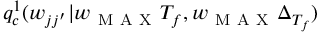
q _ { c } ^ { 1 } ( w _ { j j ^ { \prime } } | w _ { \mathrm { ~ M ~ A ~ X ~ } } T _ { f } , w _ { \mathrm { ~ M ~ A ~ X ~ } } \Delta _ { T _ { f } } )